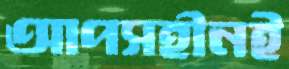
আপসহীনই